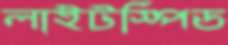
লাইটস্পিড